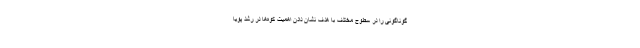
گوناگونی را در سطوح مختلف با هدف نشان دادن اهمیت کوه‌ها در رشد پویا